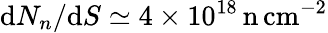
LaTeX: \textup dN_{n}/\textup dS\simeq 4\times 10^{18}\, \mathrm{n\, cm^{-2}}